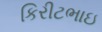
કિરીટભાઇ